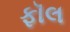
ફૉલ